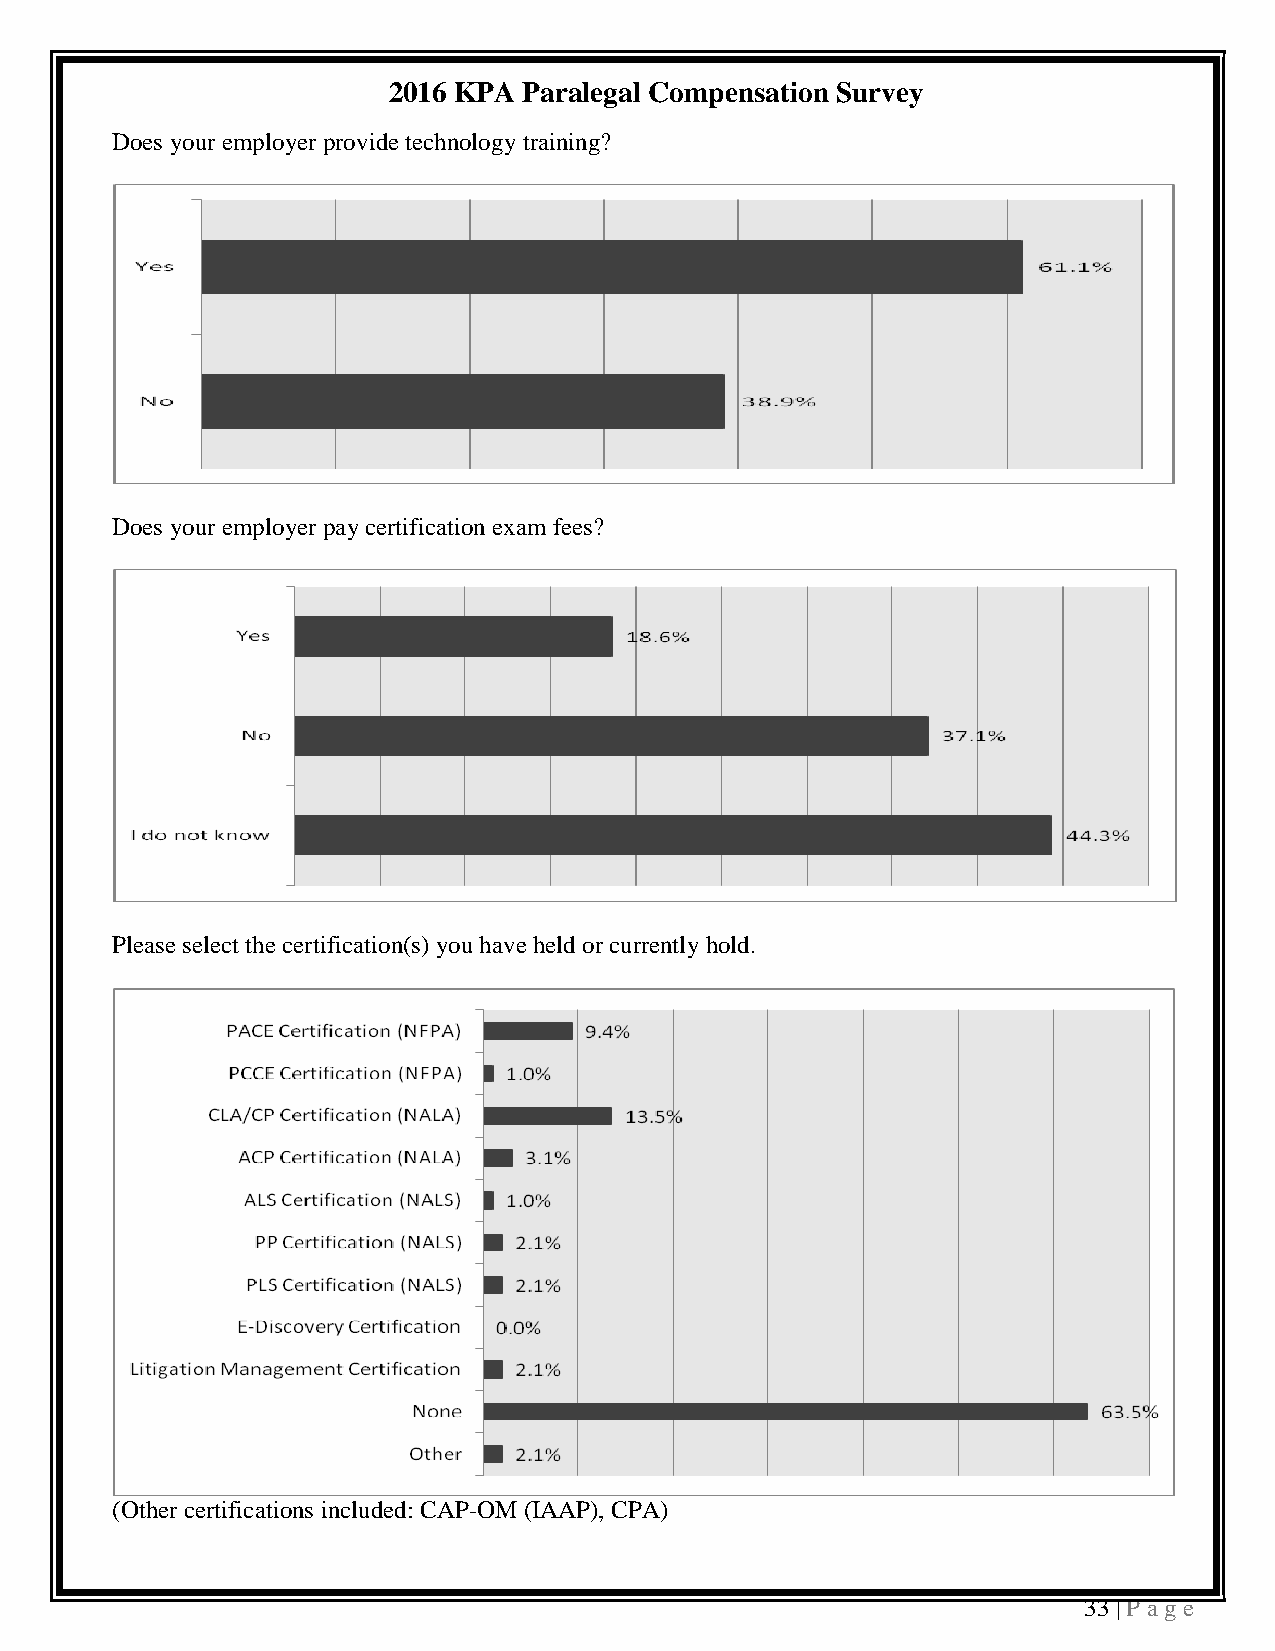
2016 KPA Paralegal Compensation Survey
 Does your employer provide technology training?
 Does your employer pay certification exam fees?
 Please select the certification(s) you have held or currently hold.
 (Other certifications included: CAP-OM (IAAP), CPA)
 33 | P a ge